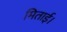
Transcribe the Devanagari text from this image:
मिताई।